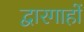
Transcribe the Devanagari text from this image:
द्वारगाहों